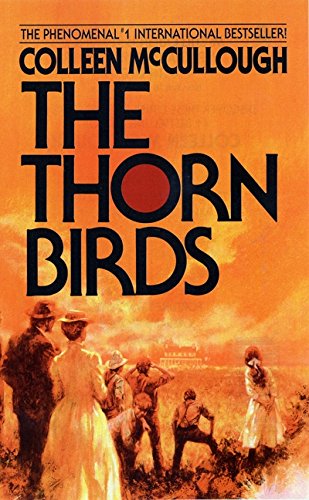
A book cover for The Thorn Birds; Colleen McCullough; Romance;